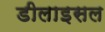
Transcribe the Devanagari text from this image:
डीलाइसल